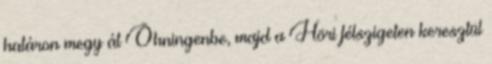
határon megy át Öhningenbe, majd a Höri félszigeten keresztül